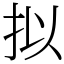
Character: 拟